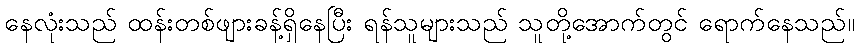
နေလုံးသည် ထန်းတစ်ဖျားခန့်ရှိနေပြီး ရန်သူများသည် သူတို့အောက်တွင် ရောက်နေသည်။